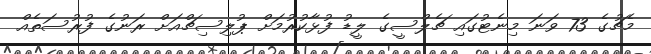
މެޗުގެ 73 ވަނަ މިނެޓުގައި ޗެލްސީގެ ލީޑު ފުޅާކުރުމަށް ޕުލިސިޗްއަށް ރަނުގެ ފުރުސަތެއް